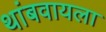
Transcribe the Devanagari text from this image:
थांबवायला